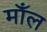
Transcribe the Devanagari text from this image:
माँल